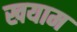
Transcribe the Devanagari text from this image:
खयाम